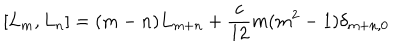
[ L _ { m } , L _ { n } ] = ( m - n ) L _ { m + n } + \frac { c } { 1 2 } m ( m ^ { 2 } - 1 ) \delta _ { m + n , 0 }